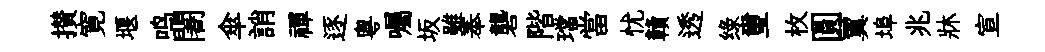
攅寛堰鸣闍傘誚禪逐粤囑坂雖奉礱階璫當忧贛透绿璽枚圓翼埠兆牀宣